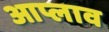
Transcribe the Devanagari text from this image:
आप्लाव